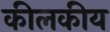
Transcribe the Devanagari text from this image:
कीलकीय